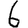
Digit: 6